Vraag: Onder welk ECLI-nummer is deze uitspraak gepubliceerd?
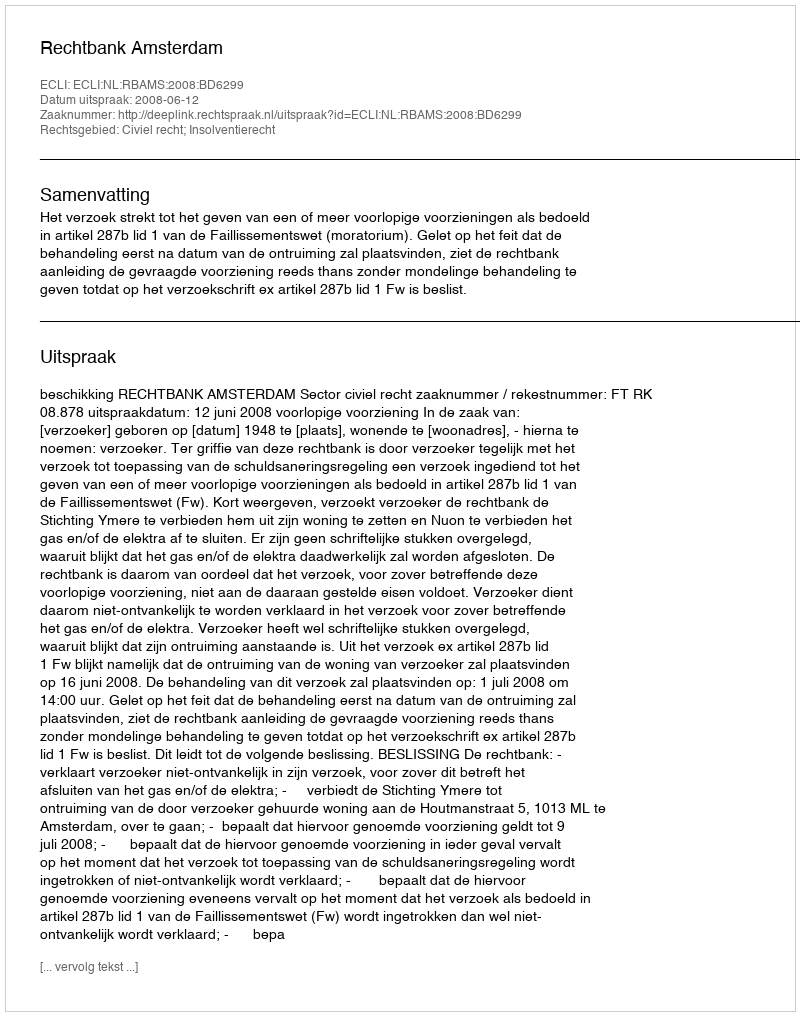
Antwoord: ECLI:NL:RBAMS:2008:BD6299